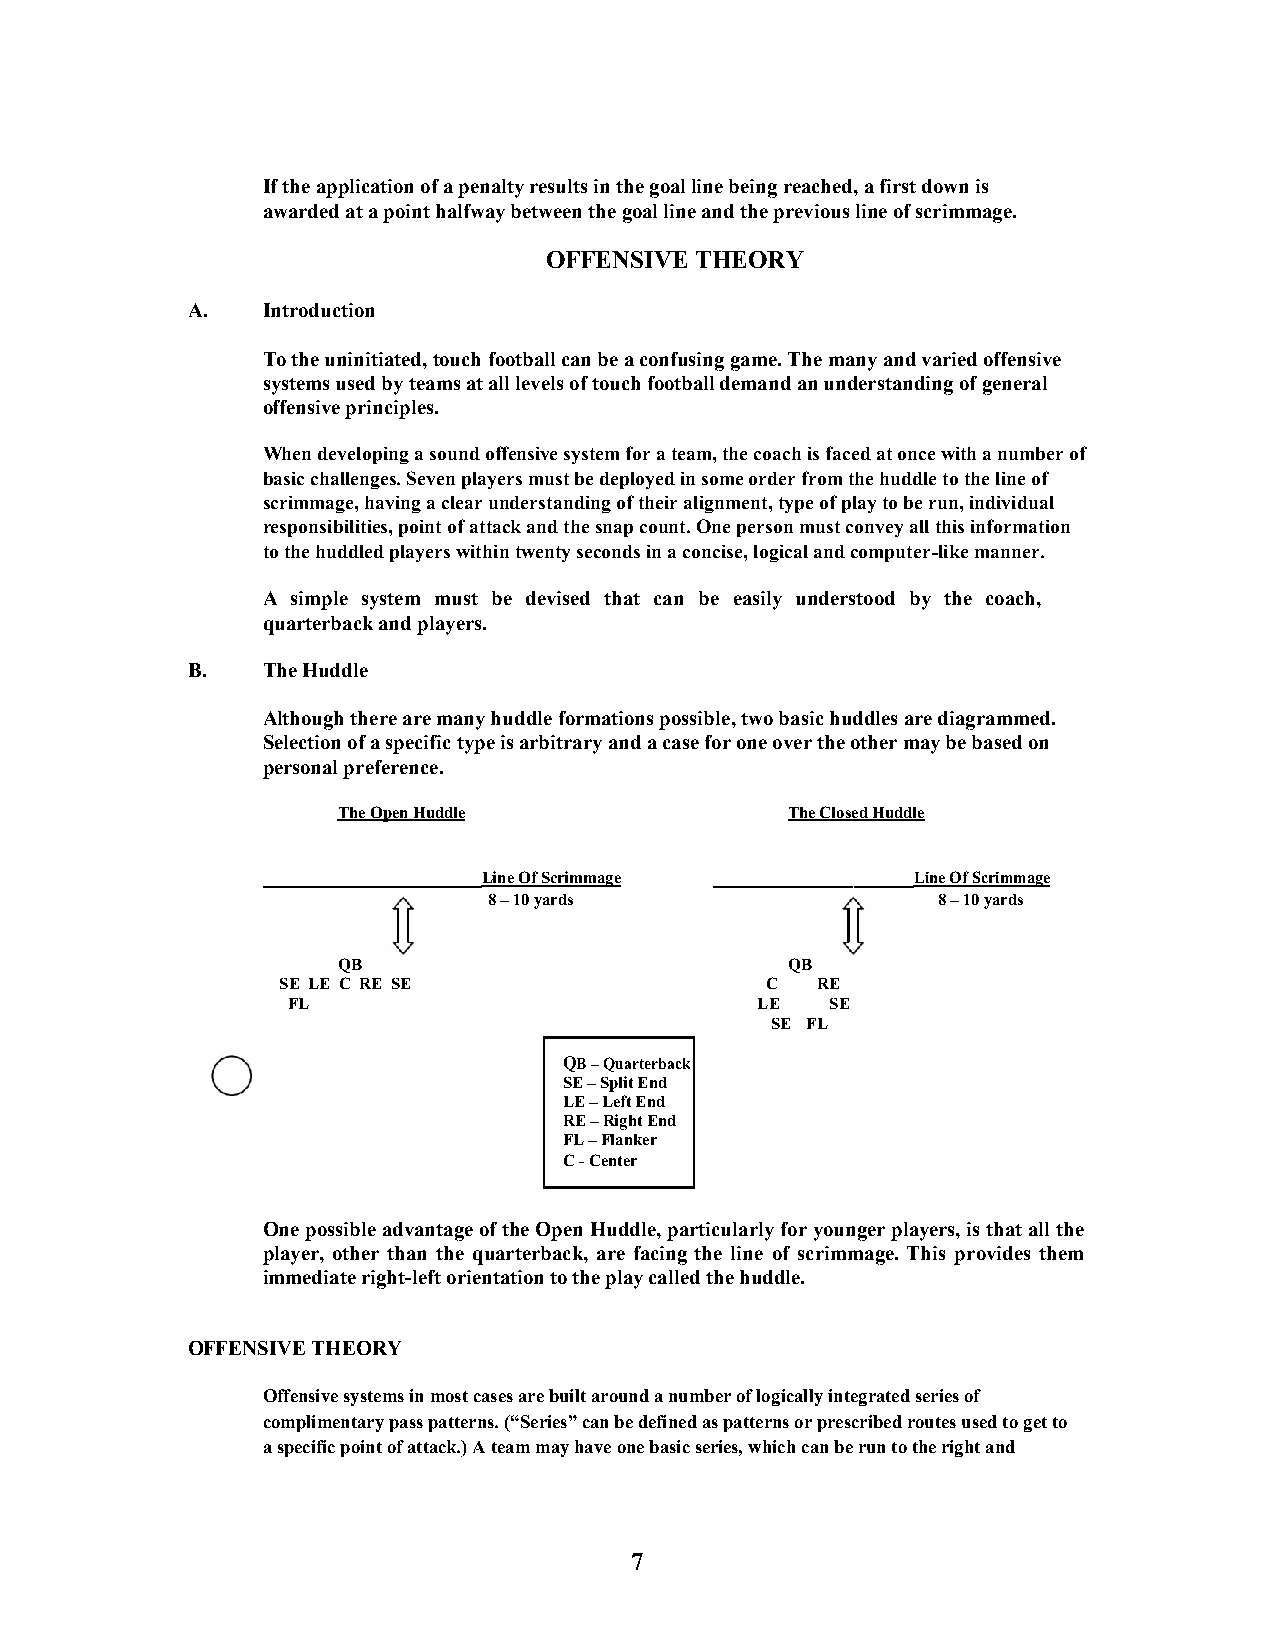
If the application of a penalty results in the goal line being reached, a first down is
 awarded at a point halfway between the goal line and the previous line of scrimmage.
 OFFENSIVE THEORY
 A.   Introduction
 To the uninitiated, touch football can be a confusing game. The many and varied offensive
 systems used by teams at all levels of touch football demand an understanding of general
 offensive principles.
 When developing a sound offensive system for a team, the coach is faced at once with a number of
 basic challenges. Seven players must be deployed in some order from the huddle to the line of
 scrimmage, having a clear understanding of their alignment, type of play to be run, individual
 responsibilities, point of attack and the snap count. One person must convey all this information
 to the huddled players within twenty seconds in a concise, logical and computer-like manner.
 A simple system must be devised that can be easily understood by the coach,
 quarterback and players.
 B.   The Huddle
 Although there are many huddle formations possible, two basic huddles are diagrammed.
 Selection of a specific type is arbitrary and a case for one over the other may be based on
 personal preference.
 The Open Huddle               The Closed Huddle
 _____________________Line Of Scrimmage ____________________Line Of Scrimmage
 8 – 10 yards                  8 – 10 yards
 QB                            QB
 SE LE C RE SE                    C  RE
 FL                             LE   SE
 SE FL
 QB – Quarterback
 SE – Split End
 LE – Left End
 RE – Right End
 FL – Flanker
 C - Center
 One possible advantage of the Open Huddle, particularly for younger players, is that all the
 player, other than the quarterback, are facing the line of scrimmage. This provides them
 immediate right-left orientation to the play called the huddle.
 OFFENSIVE THEORY
 Offensive systems in most cases are built around a number of logically integrated series of
 complimentary pass patterns. (“Series” can be defined as patterns or prescribed routes used to get to
 a specific point of attack.) A team may have one basic series, which can be run to the right and
 7